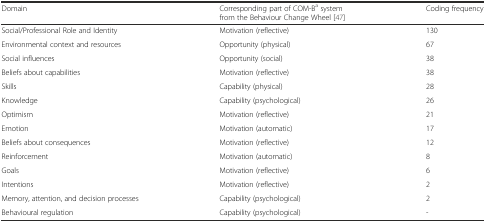
| Domain | Corresponding part of COM-Ba system from the Behaviour Change Wheel [47] | Coding frequency |
 | --- | --- | --- |
 | Social/Professional Role and Identity | Motivation (reflective) | 130 |
 | Environmental context and resources | Opportunity (physical) | 67 |
 | Social influences | Opportunity (social) | 38 |
 | Beliefs about capabilities | Motivation (reflective) | 38 |
 | Skills | Capability (physical) | 28 |
 | Knowledge | Capability (psychological) | 26 |
 | Optimism | Motivation (reflective) | 21 |
 | Emotion | Motivation (automatic) | 17 |
 | Beliefs about consequences | Motivation (reflective) | 12 |
 | Reinforcement | Motivation (automatic) | 8 |
 | Goals | Motivation (reflective) | 6 |
 | Intentions | Motivation (reflective) | 2 |
 | Memory, attention, and decision processes | Capability (psychological) | 2 |
 | Behavioural regulation | Capability (psychological) | - |